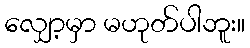
လျှော့မှာ မဟုတ်ပါဘူး။